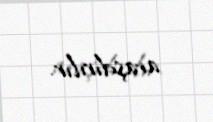
araşdırılır.